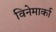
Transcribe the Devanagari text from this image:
विनेमार्का